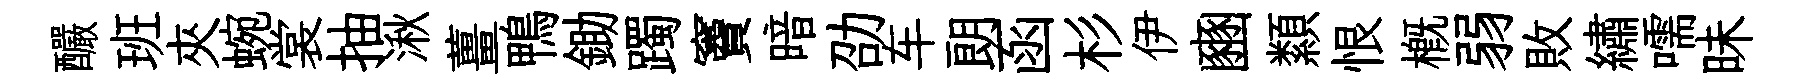
釅班夾蜿裳抽湫薑鴨鋤躅竇暗劭车朗函杉伊豳纇恨概弱敗繡嚅昧